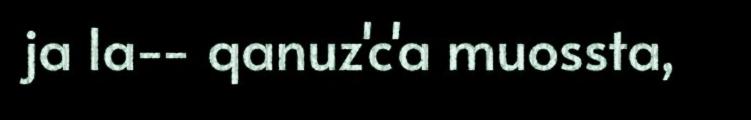
ja la-- qanuz'c'a muossta,